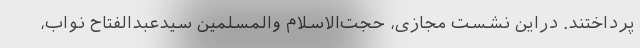
پرداختند. دراین نشست مجازی، حجت‌الاسلام والمسلمین سیدعبدالفتاح نواب،